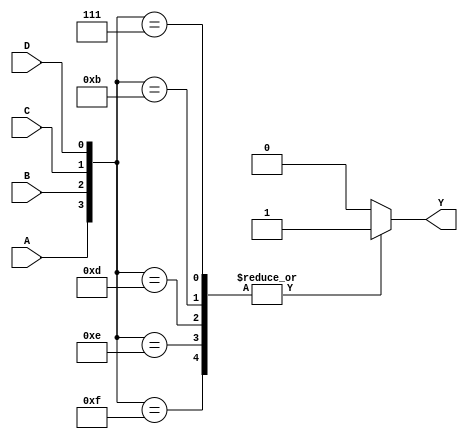
`timescale 1ns / 1ps
//////////////////////////////////////////////////////////////////////////////////
// Company: 
// Engineer: 
// 
// Design Name: 
// Module Name: Majority
// Project Name: 
// Target Devices: 
// Tool Versions: 
// Description: 
// 
// Dependencies: 
// 
// Revision:
// Revision 0.01 - File Created
// Additional Comments:
// 
//////////////////////////////////////////////////////////////////////////////////

module Majority_4b (
    output reg Y,
    input  A,B,C,D
);
    always @(A,B,C,D) begin
        case ({A,B,C,D})
            7, 11, 13, 14, 15:    Y=1; 
            default:              Y=0;
        endcase    
    end
endmodule

module Majority #(
    parameter size = 8,
    max = 3,
    majority = 5  //size/2 + 1 >= majority >= size/2
) (
    input    [size-1:0]    Data,
    output   reg           Y
);
    reg      [max-1:0]     count;
    integer                k;
    always @(Data) begin
        count = 0;
        for(k=0;k<size;k=k+1)begin
            if(Data[k]==1) count=count+1;
        end
        Y = (count>=majority);
    end
endmodule